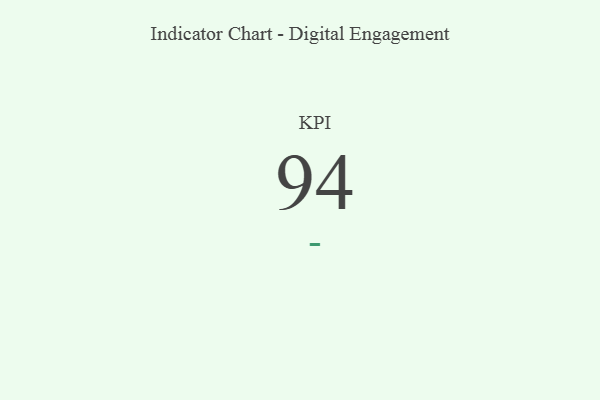
{"axis": {"x": "KPI", "y": "Value"}, "legend": [""], "data": [{"x": "KPI", "y": 94, "type": ""}]}